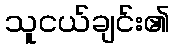
သူငယ်ချင်း၏